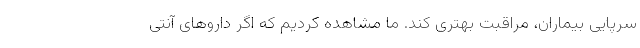
سرپایی بیماران، مراقبت بهتری کند. ما مشاهده کردیم که اگر داروهای آنتی